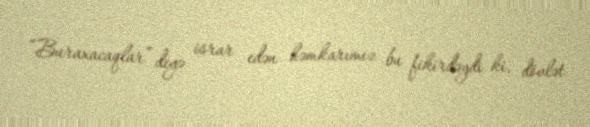
“Buraxacaqlar” deyə israr edən həmkarımız bu fikirdəydi ki, dövlət